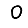
Digit: 0